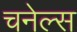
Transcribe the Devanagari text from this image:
चनेल्स